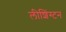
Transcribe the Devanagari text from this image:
लीशिंग्टन